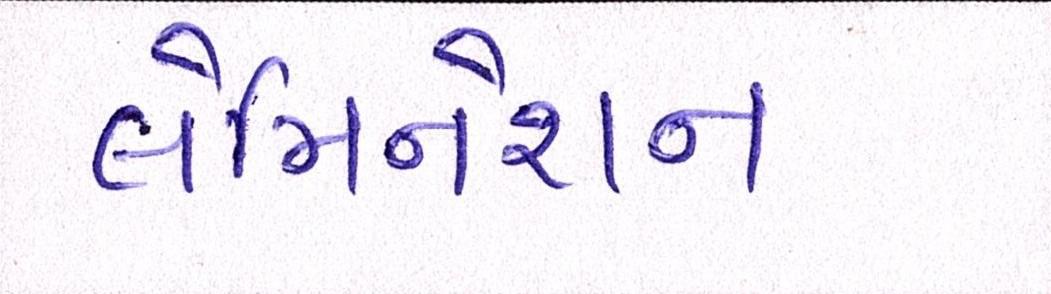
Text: લેમિનેશન